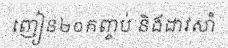
ញៀន២០កញ្ចប់ និងដាវសាំ